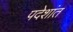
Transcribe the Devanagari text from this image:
पदेशांत